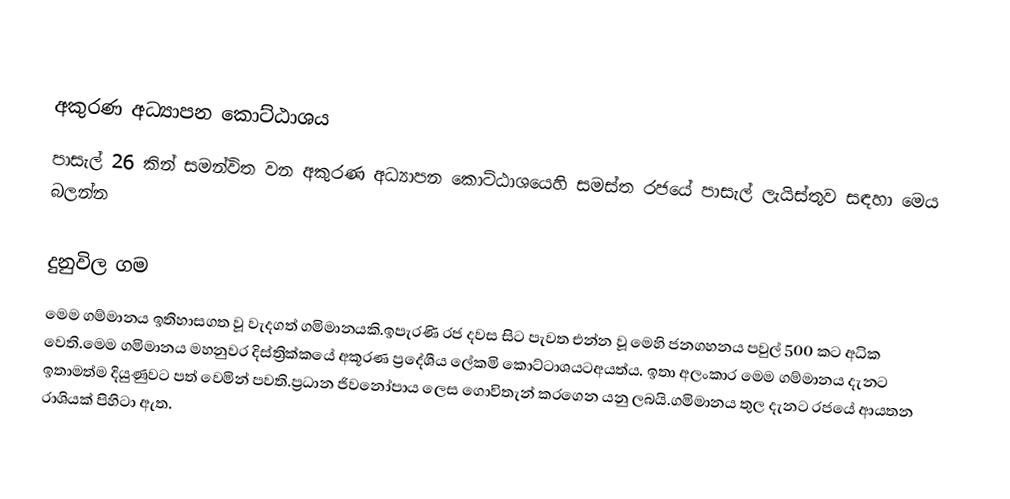

අකුරණ අධ්‍යාපන කොට්ඨාශය
පාසැල් 26 කින් සමන්විත වන අකුරණ අධ්‍යාපන කොට්ඨාශයෙහි සමස්ත රජයේ පාසැල් ලැයිස්තුව සඳහා මෙය බලන්න

දුනුවිල ගම
මෙම ගම්මානය ඉතිහාසගත වූ වැදගත් ගමිමානයකි.ඉපැරණි රජ දවස සිට පැවත එන්න වූ මෙහි ජනගහනය පවුල් 500 කට අධික වෙති.මෙම ගමිමානය මහනුවර දිස්ත්‍රික්කයේ අකූරණ ප්‍ර‍‍‍දේශීය ලේකමි කොට්ටාශයටඅයත්ය. ඉතා අලංකාර මෙම ගම්මානය දැනට ඉතාමත්ම දියුණුවට පත් වෙමින් පවති.ප්‍රධාන ජිවනෝපාය ලෙස ගොවිතැන් කරගෙන යනු ලබයි.ගමිමානය තුල දැනට රජයේ ආයතන රාශියක් පිහිටා ඇත.